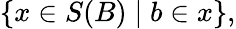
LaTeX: \{ x\in S(B)\mid b\in x\} ,